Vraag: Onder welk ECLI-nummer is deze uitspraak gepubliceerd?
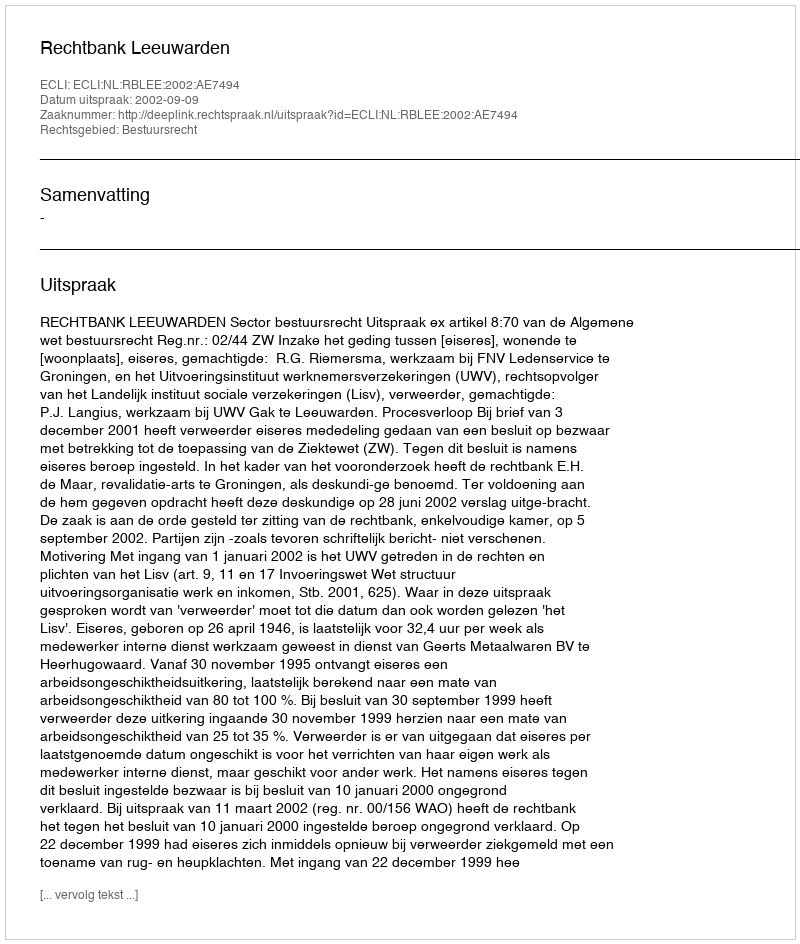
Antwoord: ECLI:NL:RBLEE:2002:AE7494